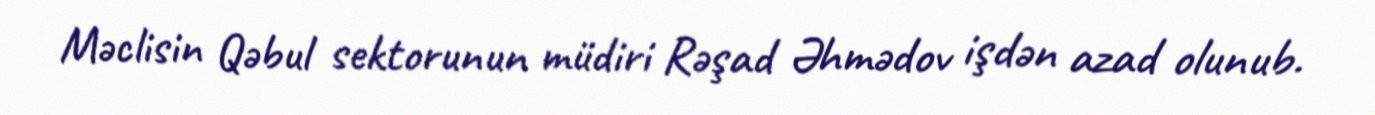
Məclisin Qəbul sektorunun müdiri Rəşad Əhmədov işdən azad olunub.